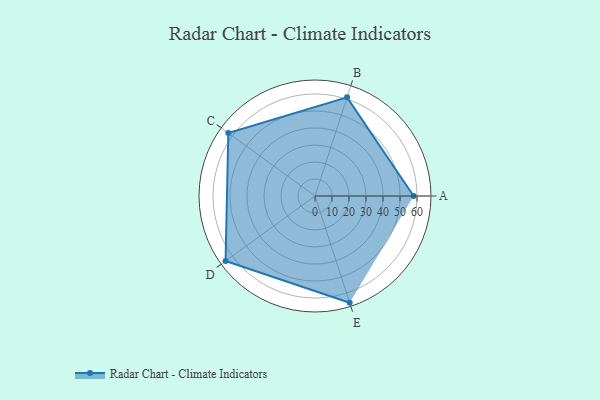
{"axis": {"x": "Skill", "y": "Score"}, "legend": ["Profile"], "data": [{"x": "A", "y": 58.0, "type": "Profile"}, {"x": "B", "y": 61.0, "type": "Profile"}, {"x": "C", "y": 63.0, "type": "Profile"}, {"x": "D", "y": 65.0, "type": "Profile"}, {"x": "E", "y": 66.0, "type": "Profile"}]}